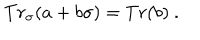
LaTeX: T r _ { \sigma } ( a + b \sigma ) = T r ( b ) \ .